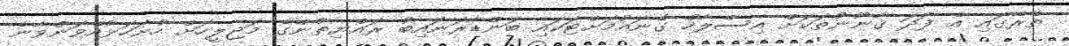
ތެރޭގައި އެ ފަދަ ޤާނޫނުތަކަށް އިސްލާހު ގެނައުމަށްޓަކައި ބަންޑާރަނައިބު ރައްޔިތުންގެ މަޖިލީހަށް ހުށަހަޅުއްވަންވާނެ